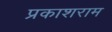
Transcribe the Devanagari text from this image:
प्रकाशराम